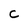
Character: C